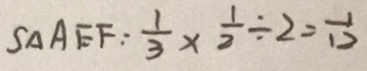
S _ { \Delta } A E F : \frac { 1 } { 3 } \times \frac { 1 } { 2 } \div 2 = \frac { 1 } { 1 2 }